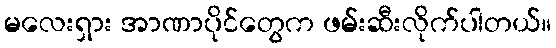
မလေးရှား အာဏာပိုင်တွေက ဖမ်းဆီးလိုက်ပါတယ်။